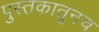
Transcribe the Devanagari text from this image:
पुस्तकातूनच